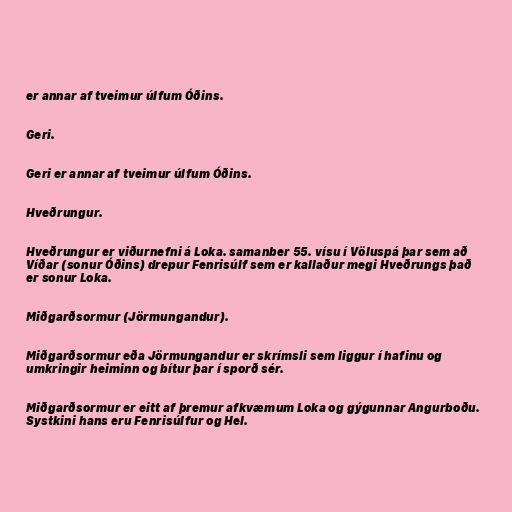
er annar af tveimur úlfum Óðins.

Geri.

Geri er annar af tveimur úlfum Óðins.

Hveðrungur.

Hveðrungur er viðurnefni á Loka. samanber 55. vísu í Völuspá þar sem að
Víðar (sonur Óðins) drepur Fenrisúlf sem er kallaður megi Hveðrungs það
er sonur Loka.

Miðgarðsormur (Jörmungandur).

Miðgarðsormur eða Jörmungandur er skrímsli sem liggur í hafinu og
umkringir heiminn og bítur þar í sporð sér.

Miðgarðsormur er eitt af þremur afkvæmum Loka og gýgunnar Angurboðu.
Systkini hans eru Fenrisúlfur og Hel.